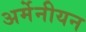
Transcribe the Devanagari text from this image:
अर्मेनीयन